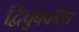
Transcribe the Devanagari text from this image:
द्विचुंबकीय